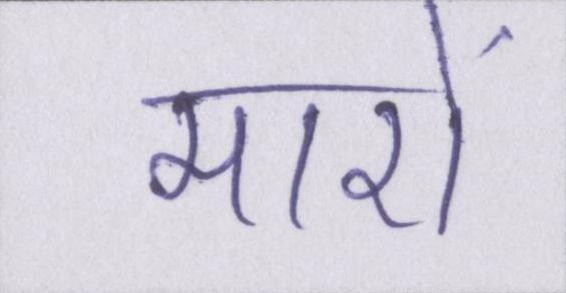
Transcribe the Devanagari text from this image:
मारों